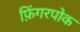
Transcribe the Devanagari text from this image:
फ़िंगरपोक